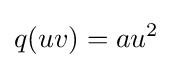
q(uv)=au^{2}